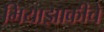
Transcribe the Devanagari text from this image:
मियाझाकीचे